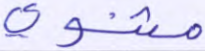
مثنوي